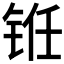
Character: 𰽻